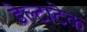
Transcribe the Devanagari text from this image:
डेल्टाटेक